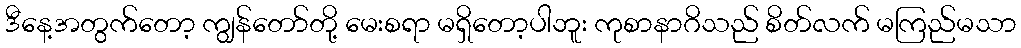
ဒီနေ့အတွက်တော့ ကျွန်တော်တို့ မေးစရာ မရှိတော့ပါဘူး ကုစာနာဂိသည် စိတ်လက် မကြည်မသာ